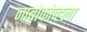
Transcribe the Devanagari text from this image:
नाबोकोव्हला